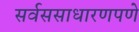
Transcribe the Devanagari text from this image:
सर्वससाधारणपणे